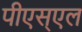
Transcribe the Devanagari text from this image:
पीएस्एल